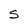
Character: S